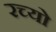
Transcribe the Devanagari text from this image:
रच्यो